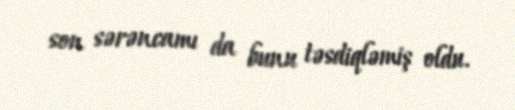
son sərəncamı da bunu təsdiqləmiş oldu.